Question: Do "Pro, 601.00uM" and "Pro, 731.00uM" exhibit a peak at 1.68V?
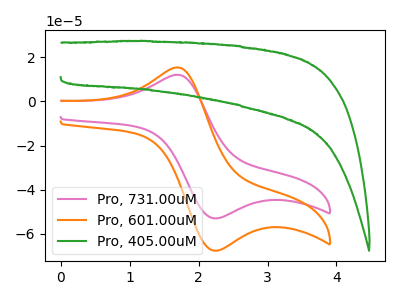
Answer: <think>The pink curve "Pro, 731.00uM" has an anodic peak at (1.70V, 12.00uA) and a cathodic peak at (2.20V, -52.95uA). The orange curve "Pro, 601.00uM" has an anodic peak at (1.70V, 15.35uA) and a cathodic peak at (2.20V, -67.55uA). The green curve "Pro, 405.00uM" has no peaks.</think>
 <answer>Yes, "Pro, 601.00uM" and "Pro, 731.00uM" share a peak at 1.68V.</answer>
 <eval>match</eval>